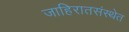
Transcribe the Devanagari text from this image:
जाहिरातसंस्थेत